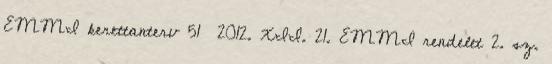
EMMI kerettanterv 51 2012. XII. 21. EMMI rendelet 2. sz.